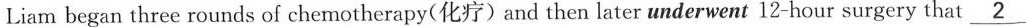
Liam began three rounds of chemotherapy(化疗)and then later underwent 12-hour surgery that \underline{2}